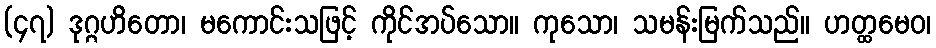
(၄၇) ဒုဂ္ဂဟိတော၊ မကောင်းသဖြင့် ကိုင်အပ်သော။ ကုသော၊ သမန်းမြက်သည်။ ဟတ္ထမေဝ၊